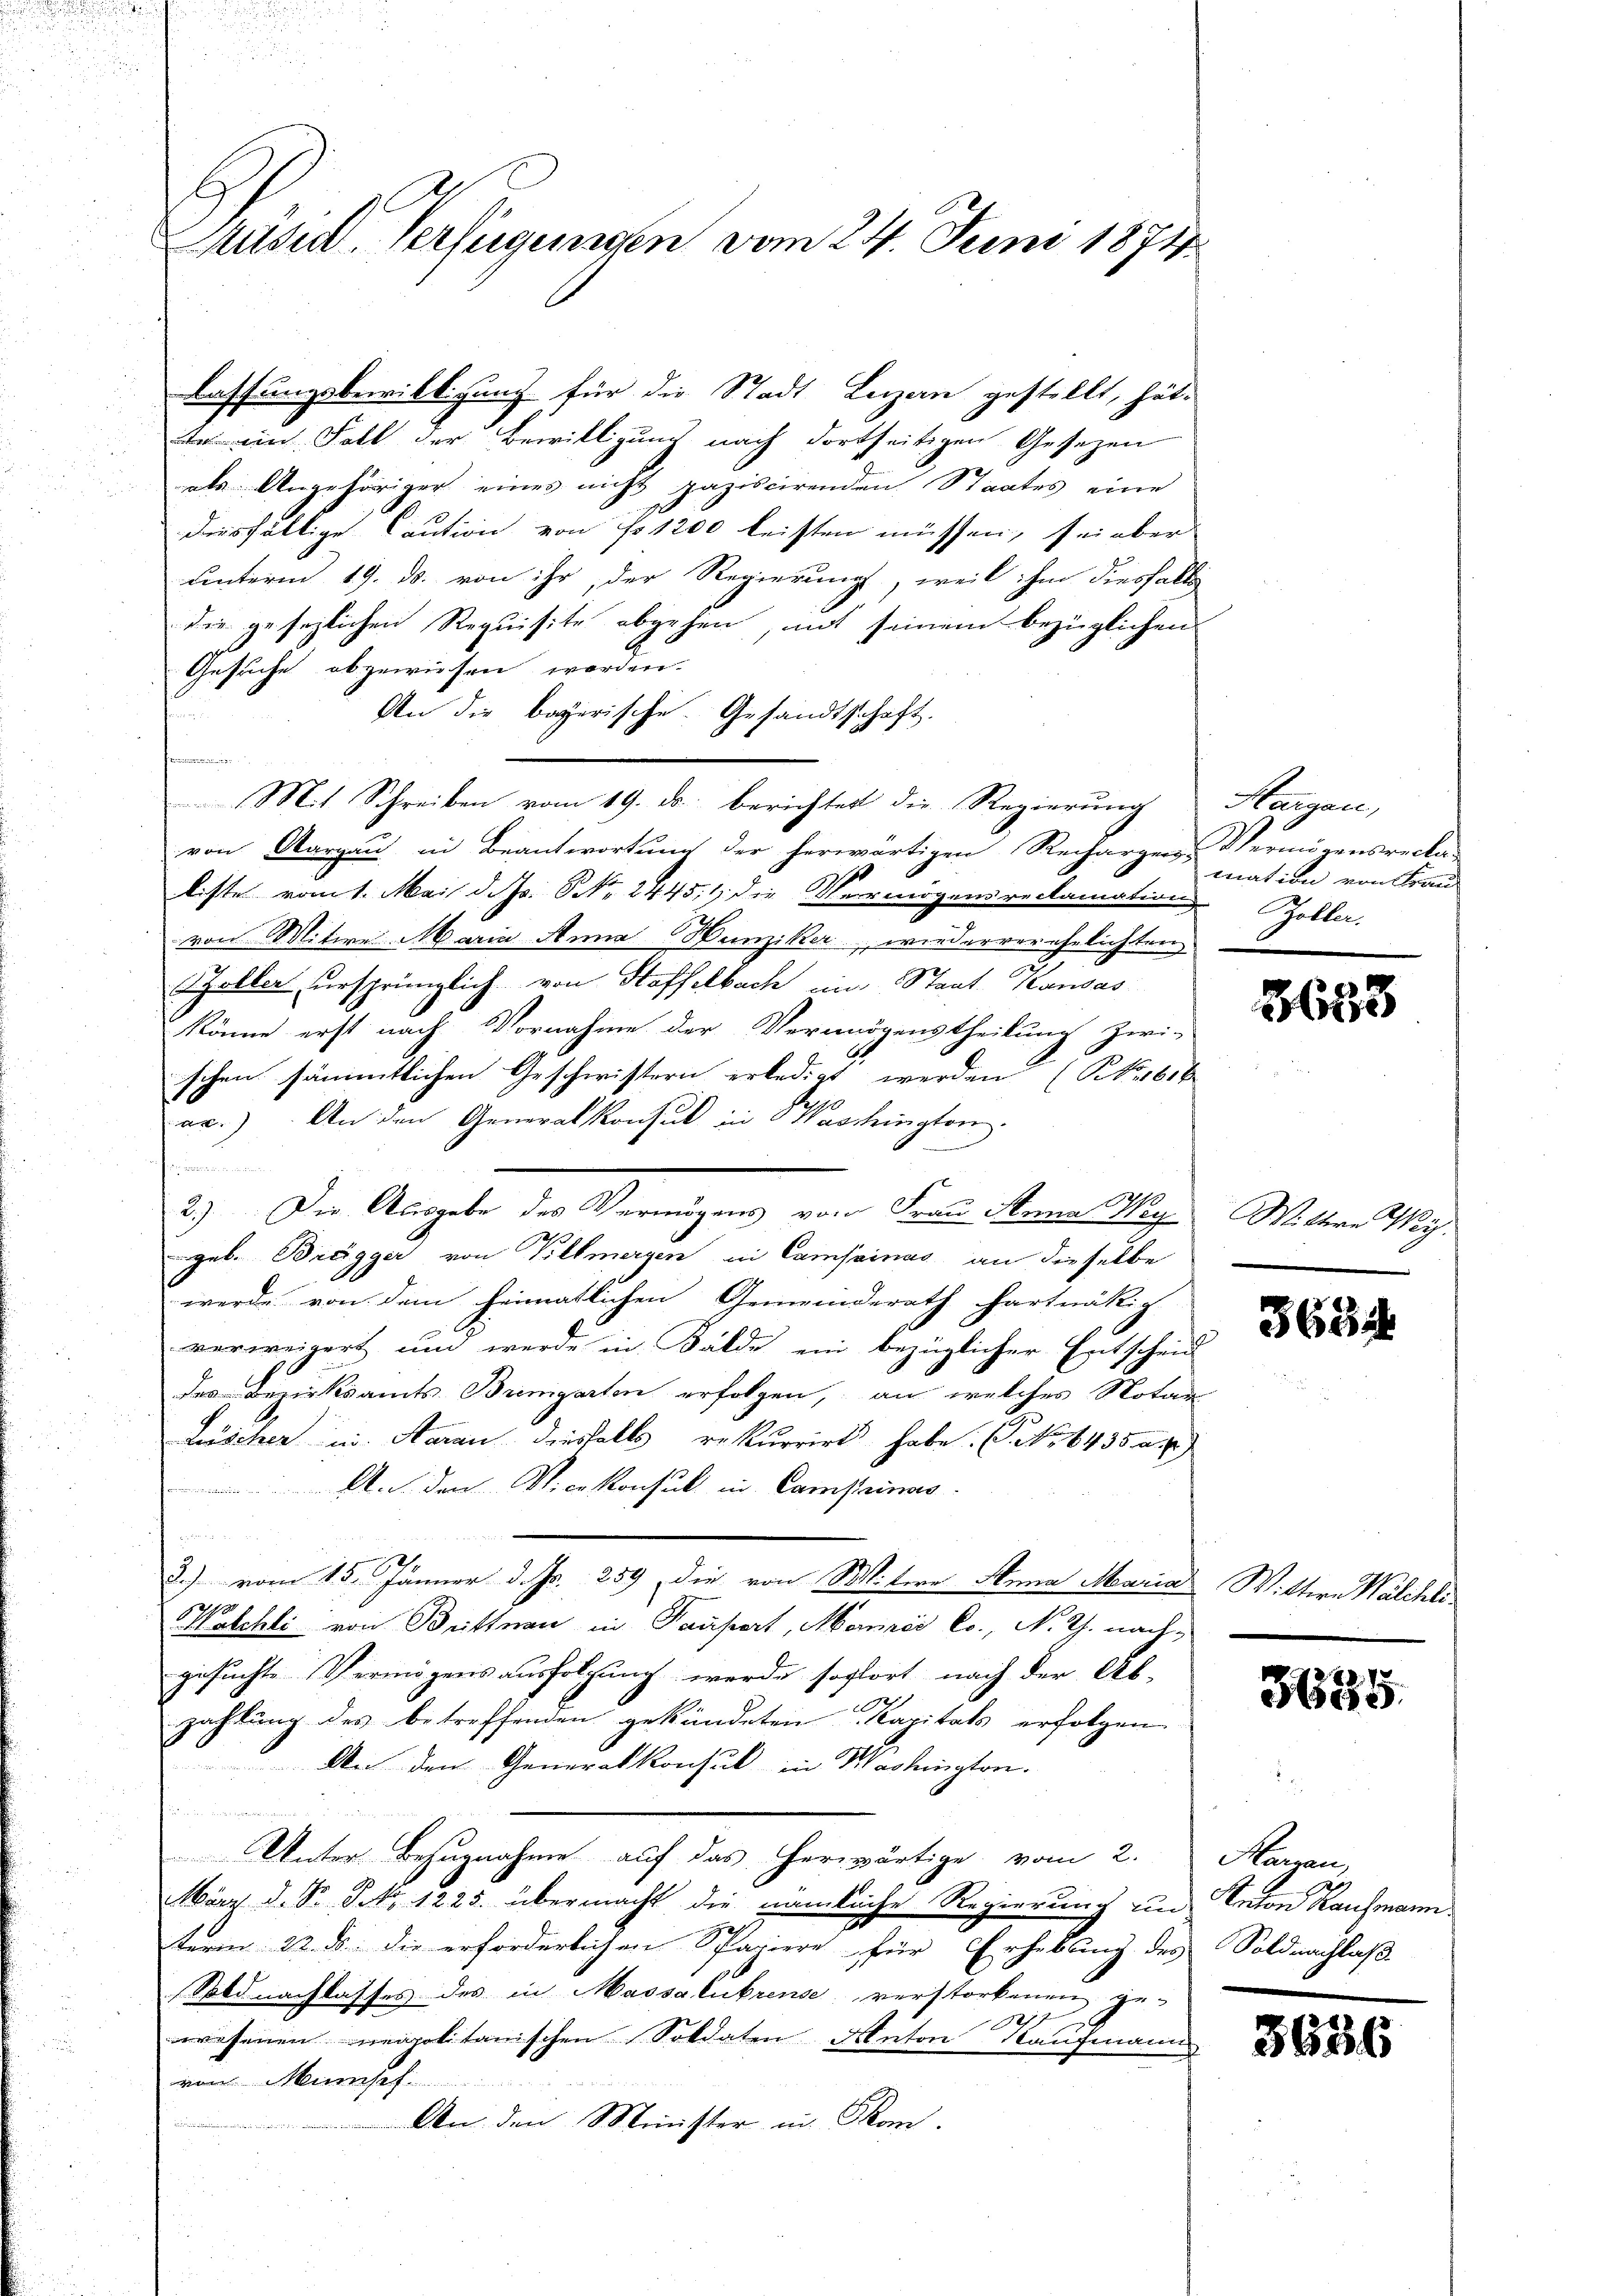
.

e

Stusen Verfügungen vom 24. Juni 1874.

lassungsbewilligung für die Stadt Luzern gestellt, hätte ein Fall der Bewilligung nach dortseitigen Gesetzen
als Angehöriger eines nicht paziscirenden Staates eine
diesfällige Caution von No 1200 leisten müssen, sei aber
unterm 19. ds. von ihr, der Regierung, weil ihm diesfalls
die gesezlichen Requisite abgehen, mit seinem bezüglichen
Gesuche abgewiesen worden.
An die bayerische Gesandtschaft.
femmen
Mit Schreiben vom 19. ds. berichtet die Regierung Margau,
von Aargau in Beantwortung der herwärtigen Recharger-Vermögensrecka
9
liste vom 1. Mai d. Js. No. 24451 die Vermögensreclamation Zoller.
von Mitwe Maria Anna Hunziker, wiederverehelichten
Soller ursprünglich von Hoffelbach in Staats-Kansas
könne erst nach Vornahme der Vermögenstheilung zwi-
schen sämmtlichen Geschwistern erledigt werden (NNo. 1616
ac.) An den Generalkonsul in Waschington.
m
1
2.) Die Ausgabe des Vermögens von Frau Steine Weg. Wittere Weygeb. Bregger von Villmergen in Camsainas an dieselbe
werde von dem heimatlichen Gemeinderath hartnäckig
verweigert und werde in Bälde ein bezüglicher Entscheid
des Bezirksamts Bremgarten erfolgen, an welches Notar
Lüscher in daran diesfalls rekurrirt habe. ( No 1435 ap
An den Vicekonsul in Camprimas.

2.) vom 15. Jänner d. Js. 259, die von Mitere Anna Maria Wittwe Walchli¬
Kalchli von Brittnau in Pausart, Mara Co., N. Th. nach,
gesuchte Vermögensausfolgung werde sofort nach der Ab-
zahlung des betreffenden gekündeten Kapitals erfolgen
An den Generalkonsul in Wachington.
u
Unter Bezugnahme auf das herwärtige vom 2. Marmen
März d. S. S. 1225. übermacht die nämliche Regierung und Anton Kaufmann
term 22. ds. die erforderlichen Spaziere für Erhebung des Soldnachlaß
Soldnachlasses des in Massalubrense verstorbenen ge¬
827
wesenen neapolitanischen Soldaten Anton Kaufmann
von Mensch
An den Minister in Thom.

mation von Frau

3633

3654

3635.

3636